Scottish Leaving Certificate Examination, 1954
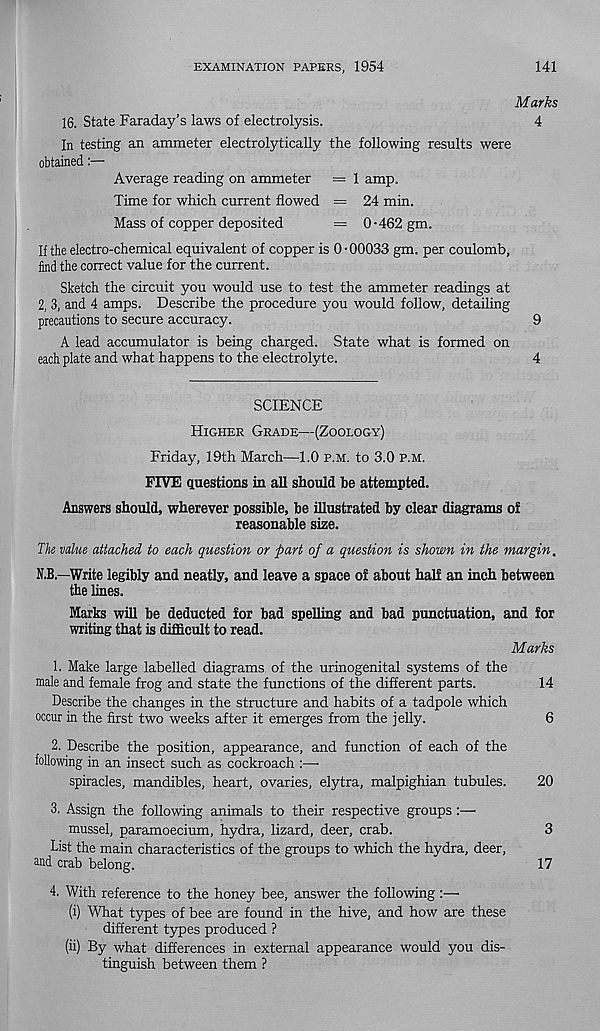
EXAMINATION PAPERS, 1954
141
Marks
16. State Faraday’s laws of electrolysis.
4
In testing an ammeter electrolytically the following results were
obtained:—
Average reading on ammeter = 1 amp.
Time for which current flowed = 24 min.
Mass of copper deposited
= 0-462 gm.
If the electro-chemical equivalent of copper is 0-00033 gm. per coulomb,
find the correct value for the current.
Sketch the circuit you would use to test the ammeter readings at
2, 3, and 4 amps. Describe the procedure you would follow, detailing
precautions to secure accuracy.
9
A lead accumulator is being charged. State what is formed on
each plate and what happens to the electrolyte.
4
SCIENCE
Higher Grade—(Zoology)
Friday, 19th March—1.0 p.m. to 3.0 p.m.
FIVE questions in all should be attempted.
Answers should, wherever possible, be illustrated by clear diagrams of
reasonable size.
The value attached to each question or part of a question is shown in the margin.
N.B.—Write legibly and neatly, and leave a space of about half an inch between
the lines.
Marks will be deducted for bad spelling and bad punctuation, and for
writing that is difficult to read.
Marks
1. Make large labelled diagrams of the urinogenital systems of the
male and female frog and state the functions of the different parts.
14
Describe the changes in the structure and habits of a tadpole which
occur in the first two weeks after it emerges from the jelly.
6
2. Describe the position, appearance, and function of each of the
following in an insect such as cockroach :—•
spiracles, mandibles, heart, ovaries, elytra, malpighian tubules.
20
3. Assign the following animals to their respective groups :—•
mussel, paramoecium, hydra, lizard, deer, crab.
3
List the main characteristics of the groups to which the hydra, deer,
and crab belong.
17
4. With reference to the honey bee, answer the following:—
(i) What types of bee are found in the hive, and how are these
different types produced ?
(ii) By what differences in external appearance would you dis-
tinguish between them ?